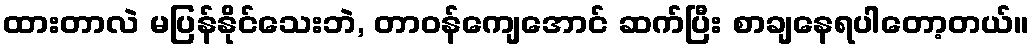
ထားတာလဲ မပြန်နိုင်သေးဘဲ, တာဝန်ကျေအောင် ဆက်ပြီး စာချနေရပါတော့တယ်။